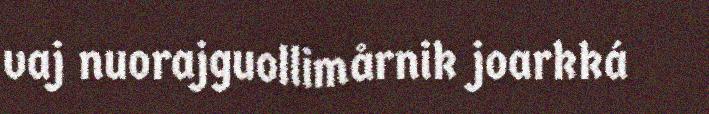
vaj nuorajguollimårnik joarkká